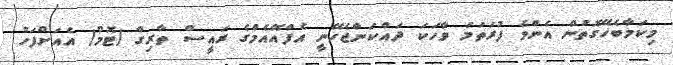
މިކަމާބެހޭގޮތުން އެންމެ ފުރަތަމަ ވާހަކަ ދައްކަންޖެހޭނީ އެފްއޭއެމްގެ ރައީސް ތާރިގް (ޓޮމް) އެއަށްފަހު